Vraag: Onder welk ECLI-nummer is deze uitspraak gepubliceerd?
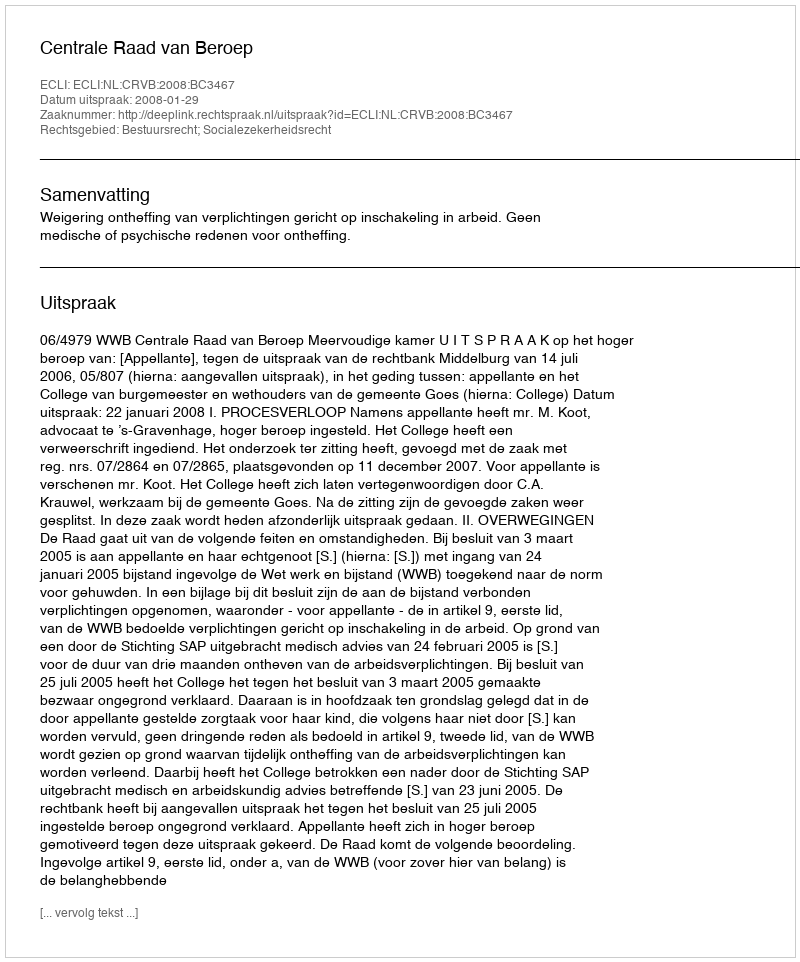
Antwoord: ECLI:NL:CRVB:2008:BC3467